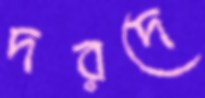
দরদে